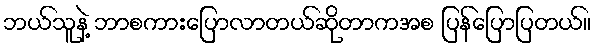
ဘယ်သူနဲ့ ဘာစကားပြောလာတယ်ဆိုတာကအစ ပြန်ပြောပြတယ်။